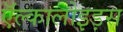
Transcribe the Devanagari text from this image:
ऍल्कालोइड़स